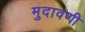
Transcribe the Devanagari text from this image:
मुदावणी